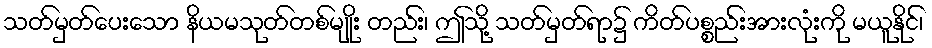
သတ်မှတ်ပေးသော နိယမသုတ်တစ်မျိုး တည်း၊ ဤသို့ သတ်မှတ်ရာ၌ ကိတ်ပစ္စည်းအားလုံးကို မယူနိုင်၊